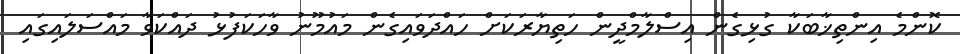
ކޮންމެ އިންތިޚާބަކާ ގުޅިގެން އިސްލާމްދީން ހަތިޔާރަކަށް ހައްދަވައިގެން މައުމޫނު ވާހަކަފުޅު ދައްކަވާ މައްސަލައިގައި